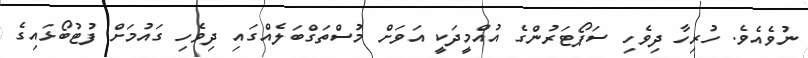
ނުވެއެވެ. ހުރިހާ ދިވެހި ސަޕޯޓަރުންގެ އުއްމީދަކީ އަވަށް މުސްތަގްބަލެއްގައި ދިވެހި ގައުމަށް ފުޓުބޯޅައިގެ